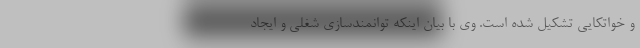
و خواتکایی تشکیل شده است. وی با بیان اینکه توانمندسازی شغلی و ایجاد